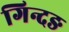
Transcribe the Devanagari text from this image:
गिन्दङ